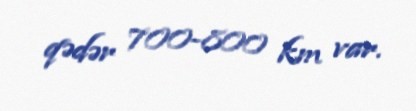
qədər 700-800 km var.